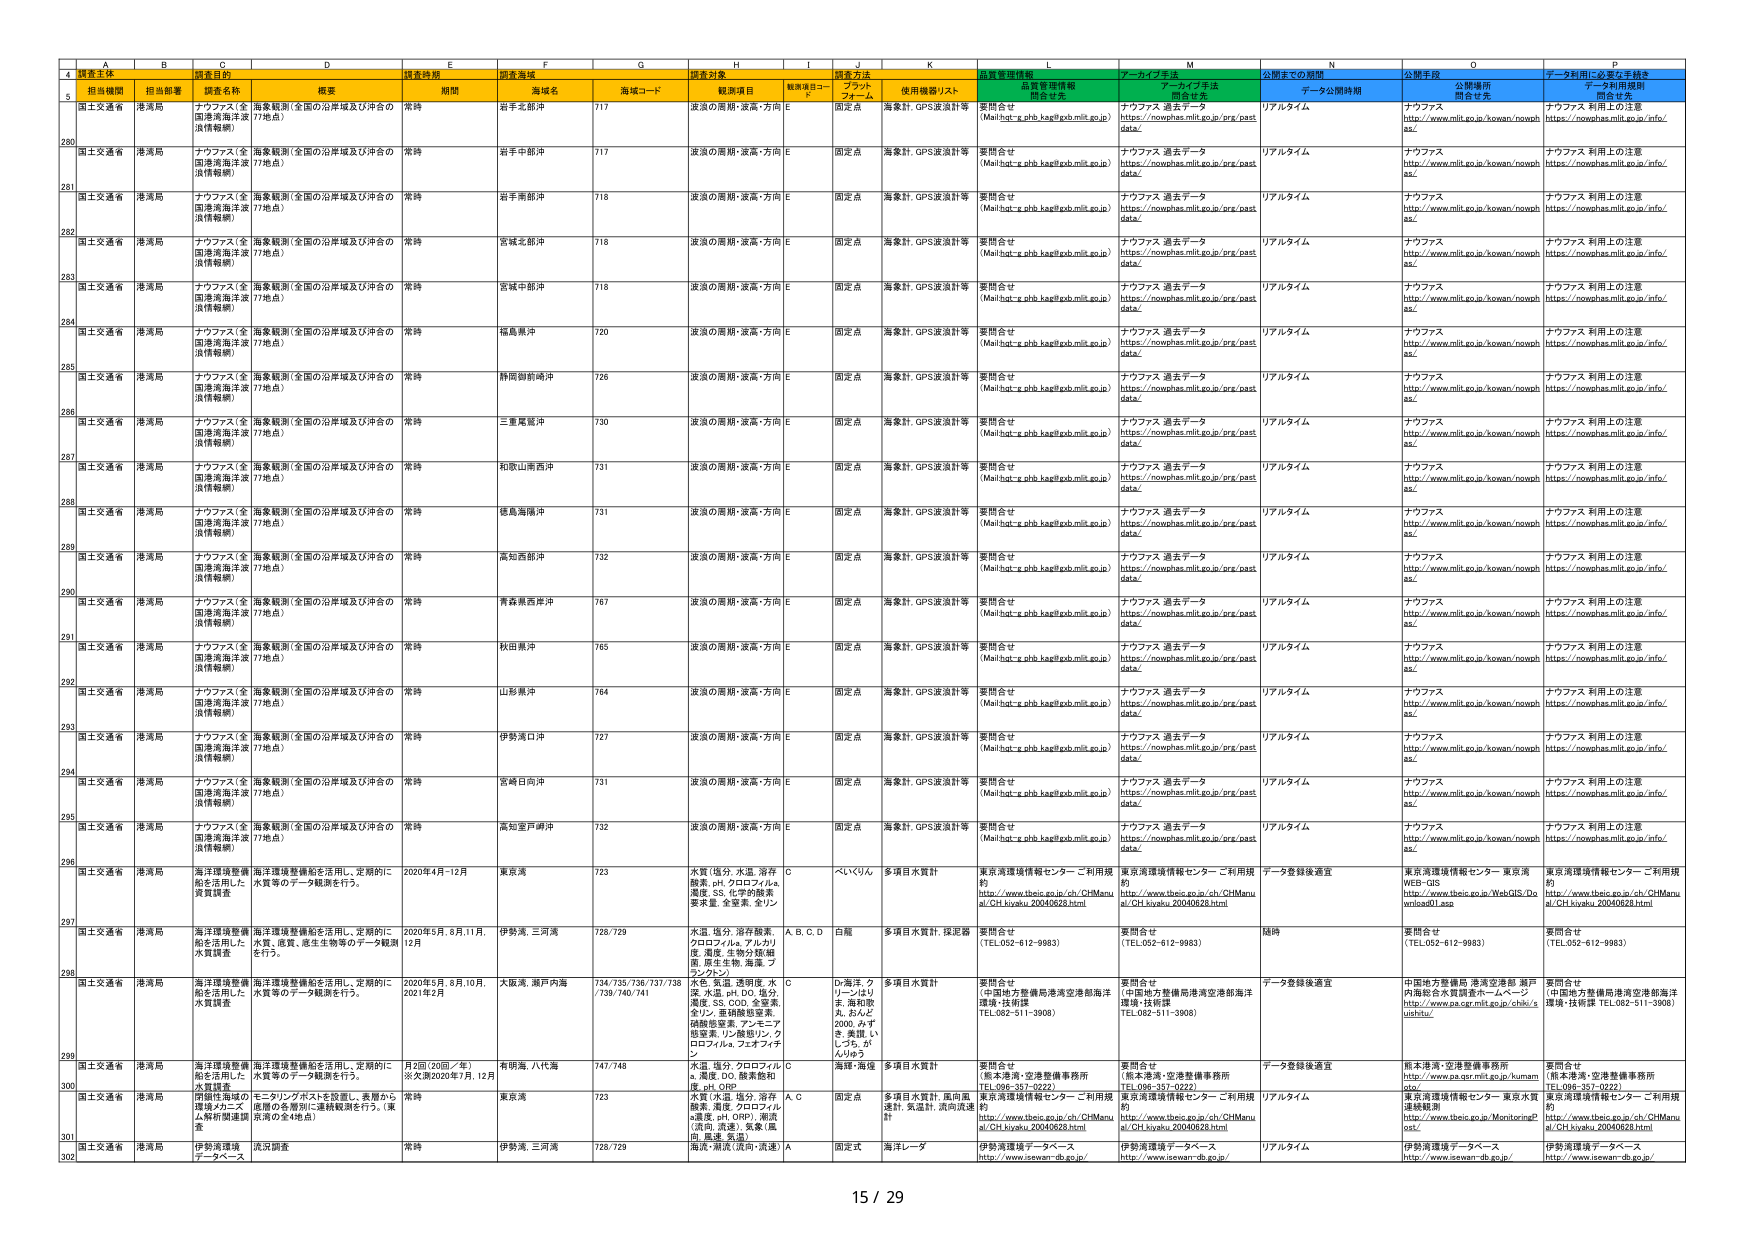
A
B
C
D
E
F
G
H
I
J
K
L
M
N
O
P
4
調査主体
調査目的
調査時期
調査海域
調査対象
調査方法
品質管理情報
データライブ手法
公開までの期間
公開手段
データ利用に必要な手続き
5
担当機関
担当部署
調査名称
概要
期間
海域名
海域コード
観測項目
観測項目コード
プラットフォーム
使用機器/リスト
開発者先
開発者先
データ公開時期
公開場所
開発者先
データ利用規程
開発者先
280
国土交通省
港湾局
ナウファス（全国港湾海洋波浪情報網）
海象観測（全国の沿岸域及び沖合の17地点）
常時
岩手北部沖
717
波浪の周期・波高・方向
E
固定点
海象計、GPS波浪計等
要問合せ
(Mail:hot-e.pbh.kag@kob.mlit.go.jp)
ナウファス 過去データ
https://nowphas.mlit.go.jp/prg/past data/
リアルタイム
ナウファス
http://www.mlit.go.jp/kowan/nowph as/
ナウファス 利用上の注意
https://nowphas.mlit.go.jp/info/
281
国土交通省
港湾局
ナウファス（全国港湾海洋波浪情報網）
海象観測（全国の沿岸域及び沖合の17地点）
常時
岩手中部沖
717
波浪の周期・波高・方向
E
固定点
海象計、GPS波浪計等
要問合せ
(Mail:hot-e.pbh.kag@kob.mlit.go.jp)
ナウファス 過去データ
https://nowphas.mlit.go.jp/prg/past data/
リアルタイム
ナウファス
http://www.mlit.go.jp/kowan/nowph as/
ナウファス 利用上の注意
https://nowphas.mlit.go.jp/info/
282
国土交通省
港湾局
ナウファス（全国港湾海洋波浪情報網）
海象観測（全国の沿岸域及び沖合の17地点）
常時
岩手南部沖
718
波浪の周期・波高・方向
E
固定点
海象計、GPS波浪計等
要問合せ
(Mail:hot-e.pbh.kag@kob.mlit.go.jp)
ナウファス 過去データ
https://nowphas.mlit.go.jp/prg/past data/
リアルタイム
ナウファス
http://www.mlit.go.jp/kowan/nowph as/
ナウファス 利用上の注意
https://nowphas.mlit.go.jp/info/
283
国土交通省
港湾局
ナウファス（全国港湾海洋波浪情報網）
海象観測（全国の沿岸域及び沖合の17地点）
常時
宮城北部沖
718
波浪の周期・波高・方向
E
固定点
海象計、GPS波浪計等
要問合せ
(Mail:hot-e.pbh.kag@kob.mlit.go.jp)
ナウファス 過去データ
https://nowphas.mlit.go.jp/prg/past data/
リアルタイム
ナウファス
http://www.mlit.go.jp/kowan/nowph as/
ナウファス 利用上の注意
https://nowphas.mlit.go.jp/info/
284
国土交通省
港湾局
ナウファス（全国港湾海洋波浪情報網）
海象観測（全国の沿岸域及び沖合の17地点）
常時
宮城中部沖
718
波浪の周期・波高・方向
E
固定点
海象計、GPS波浪計等
要問合せ
(Mail:hot-e.pbh.kag@kob.mlit.go.jp)
ナウファス 過去データ
https://nowphas.mlit.go.jp/prg/past data/
リアルタイム
ナウファス
http://www.mlit.go.jp/kowan/nowph as/
ナウファス 利用上の注意
https://nowphas.mlit.go.jp/info/
285
国土交通省
港湾局
ナウファス（全国港湾海洋波浪情報網）
海象観測（全国の沿岸域及び沖合の17地点）
常時
福島県沖
720
波浪の周期・波高・方向
E
固定点
海象計、GPS波浪計等
要問合せ
(Mail:hot-e.pbh.kag@kob.mlit.go.jp)
ナウファス 過去データ
https://nowphas.mlit.go.jp/prg/past data/
リアルタイム
ナウファス
http://www.mlit.go.jp/kowan/nowph as/
ナウファス 利用上の注意
https://nowphas.mlit.go.jp/info/
286
国土交通省
港湾局
ナウファス（全国港湾海洋波浪情報網）
海象観測（全国の沿岸域及び沖合の17地点）
常時
静岡御前崎沖
726
波浪の周期・波高・方向
E
固定点
海象計、GPS波浪計等
要問合せ
(Mail:hot-e.pbh.kag@kob.mlit.go.jp)
ナウファス 過去データ
https://nowphas.mlit.go.jp/prg/past data/
リアルタイム
ナウファス
http://www.mlit.go.jp/kowan/nowph as/
ナウファス 利用上の注意
https://nowphas.mlit.go.jp/info/
287
国土交通省
港湾局
ナウファス（全国港湾海洋波浪情報網）
海象観測（全国の沿岸域及び沖合の17地点）
常時
三重尾鷲沖
730
波浪の周期・波高・方向
E
固定点
海象計、GPS波浪計等
要問合せ
(Mail:hot-e.pbh.kag@kob.mlit.go.jp)
ナウファス 過去データ
https://nowphas.mlit.go.jp/prg/past data/
リアルタイム
ナウファス
http://www.mlit.go.jp/kowan/nowph as/
ナウファス 利用上の注意
https://nowphas.mlit.go.jp/info/
288
国土交通省
港湾局
ナウファス（全国港湾海洋波浪情報網）
海象観測（全国の沿岸域及び沖合の17地点）
常時
和歌山南西沖
731
波浪の周期・波高・方向
E
固定点
海象計、GPS波浪計等
要問合せ
(Mail:hot-e.pbh.kag@kob.mlit.go.jp)
ナウファス 過去データ
https://nowphas.mlit.go.jp/prg/past data/
リアルタイム
ナウファス
http://www.mlit.go.jp/kowan/nowph as/
ナウファス 利用上の注意
https://nowphas.mlit.go.jp/info/
289
国土交通省
港湾局
ナウファス（全国港湾海洋波浪情報網）
海象観測（全国の沿岸域及び沖合の17地点）
常時
徳島海陽沖
731
波浪の周期・波高・方向
E
固定点
海象計、GPS波浪計等
要問合せ
(Mail:hot-e.pbh.kag@kob.mlit.go.jp)
ナウファス 過去データ
https://nowphas.mlit.go.jp/prg/past data/
リアルタイム
ナウファス
http://www.mlit.go.jp/kowan/nowph as/
ナウファス 利用上の注意
https://nowphas.mlit.go.jp/info/
290
国土交通省
港湾局
ナウファス（全国港湾海洋波浪情報網）
海象観測（全国の沿岸域及び沖合の17地点）
常時
高知西沖
732
波浪の周期・波高・方向
E
固定点
海象計、GPS波浪計等
要問合せ
(Mail:hot-e.pbh.kag@kob.mlit.go.jp)
ナウファス 過去データ
https://nowphas.mlit.go.jp/prg/past data/
リアルタイム
ナウファス
http://www.mlit.go.jp/kowan/nowph as/
ナウファス 利用上の注意
https://nowphas.mlit.go.jp/info/
291
国土交通省
港湾局
ナウファス（全国港湾海洋波浪情報網）
海象観測（全国の沿岸域及び沖合の17地点）
常時
青森県西沖
767
波浪の周期・波高・方向
E
固定点
海象計、GPS波浪計等
要問合せ
(Mail:hot-e.pbh.kag@kob.mlit.go.jp)
ナウファス 過去データ
https://nowphas.mlit.go.jp/prg/past data/
リアルタイム
ナウファス
http://www.mlit.go.jp/kowan/nowph as/
ナウファス 利用上の注意
https://nowphas.mlit.go.jp/info/
292
国土交通省
港湾局
ナウファス（全国港湾海洋波浪情報網）
海象観測（全国の沿岸域及び沖合の17地点）
常時
秋田県沖
765
波浪の周期・波高・方向
E
固定点
海象計、GPS波浪計等
要問合せ
(Mail:hot-e.pbh.kag@kob.mlit.go.jp)
ナウファス 過去データ
https://nowphas.mlit.go.jp/prg/past data/
リアルタイム
ナウファス
http://www.mlit.go.jp/kowan/nowph as/
ナウファス 利用上の注意
https://nowphas.mlit.go.jp/info/
293
国土交通省
港湾局
ナウファス（全国港湾海洋波浪情報網）
海象観測（全国の沿岸域及び沖合の17地点）
常時
山形県沖
764
波浪の周期・波高・方向
E
固定点
海象計、GPS波浪計等
要問合せ
(Mail:hot-e.pbh.kag@kob.mlit.go.jp)
ナウファス 過去データ
https://nowphas.mlit.go.jp/prg/past data/
リアルタイム
ナウファス
http://www.mlit.go.jp/kowan/nowph as/
ナウファス 利用上の注意
https://nowphas.mlit.go.jp/info/
294
国土交通省
港湾局
ナウファス（全国港湾海洋波浪情報網）
海象観測（全国の沿岸域及び沖合の17地点）
常時
伊勢湾口沖
727
波浪の周期・波高・方向
E
固定点
海象計、GPS波浪計等
要問合せ
(Mail:hot-e.pbh.kag@kob.mlit.go.jp)
ナウファス 過去データ
https://nowphas.mlit.go.jp/prg/past data/
リアルタイム
ナウファス
http://www.mlit.go.jp/kowan/nowph as/
ナウファス 利用上の注意
https://nowphas.mlit.go.jp/info/
295
国土交通省
港湾局
ナウファス（全国港湾海洋波浪情報網）
海象観測（全国の沿岸域及び沖合の17地点）
常時
宮崎日向沖
731
波浪の周期・波高・方向
E
固定点
海象計、GPS波浪計等
要問合せ
(Mail:hot-e.pbh.kag@kob.mlit.go.jp)
ナウファス 過去データ
https://nowphas.mlit.go.jp/prg/past data/
リアルタイム
ナウファス
http://www.mlit.go.jp/kowan/nowph as/
ナウファス 利用上の注意
https://nowphas.mlit.go.jp/info/
296
国土交通省
港湾局
ナウファス（全国港湾海洋波浪情報網）
海象観測（全国の沿岸域及び沖合の17地点）
常時
高知室戸岬沖
732
波浪の周期・波高・方向
E
固定点
海象計、GPS波浪計等
要問合せ
(Mail:hot-e.pbh.kag@kob.mlit.go.jp)
ナウファス 過去データ
https://nowphas.mlit.go.jp/prg/past data/
リアルタイム
ナウファス
http://www.mlit.go.jp/kowan/nowph as/
ナウファス 利用上の注意
https://nowphas.mlit.go.jp/info/
297
国土交通省
港湾局
海洋環境整備船を活用した水質調査
海洋環境整備船を活用し、定期的に水質等のデータ観測を行う。
2020年4月-12月
東京湾
723
水質（塩分、水温、溶存酸素、pH、クロロフィルa、濁度、SS、化学的酸素要求量、全窒素、全リン）
C
べいくりん
多項目水質計
東京湾環境情報センター ご利用規約
http://www.tbec.go.jp/ch/CHManu al/CH_kyaku_20040629.html
東京湾環境情報センター ご利用規約
http://www.tbec.go.jp/ch/CHManu al/CH_kyaku_20040629.html
データ登録後適宜
東京湾環境情報センター 東京湾WEB-GIS
http://www.tbec.go.jp/WebGIS/Do wnload01.asp
東京湾環境情報センター ご利用規約
http://www.tbec.go.jp/ch/CHManu al/CH_kyaku_20040629.html
298
国土交通省
港湾局
海洋環境整備船を活用した水質調査
海洋環境整備船を活用し、定期的に水質、底質、底生生物等のデータ観測を行う。
2020年5月、8月、11月、12月
伊勢湾、三河湾
728/729
水温、塩分、溶存酸素、クロロフィルa、アルカリ度、濁度、生物分類細菌、原生生物、海藻、プランクトン
A、B、C、D
白鯨
多項目水質計、採泥器
要問合せ
(TEL:052-612-9983)
要問合せ
(TEL:052-612-9983)
随時
要問合せ
(TEL:052-612-9983)
要問合せ
(TEL:052-612-9983)
299
国土交通省
港湾局
海洋環境整備船を活用した水質調査
海洋環境整備船を活用し、定期的に水質等のデータ観測を行う。
2020年5月、8月、10月、2021年2月
大阪湾、瀬戸内海
734/735/736/737/738/739/740/741
水質（水温、透明度、水深、水温、pH、DO、塩分、濁度、SS、COD、全窒素、全リン、亜硝酸態窒素、硝酸態窒素、アンモニア態窒素、リン酸態リン、クロロフィルa、フェオピチン）
C
D-海洋、クリーンはりま、海和歌丸、おんど2000、みすき、美鷹、いしづち、がんりゅう
多項目水質計
要問合せ
(中国地方整備局港湾空港部海洋環境・技術課
TEL:082-511-3908)
要問合せ
(中国地方整備局港湾空港部海洋環境・技術課
TEL:082-511-3908)
データ登録後適宜
中国地方整備局 港湾空港部 瀬戸内海総合水質調査ホームページ
http://www.pas.gcr.mlit.go.jp/chk/i ujshu/
要問合せ
(中国地方整備局港湾空港部海洋環境・技術課 TEL:082-511-3908)
300
国土交通省
港湾局
海洋環境整備船を活用した水質調査
海洋環境整備船を活用し、定期的に水質等のデータ観測を行う。
月2回（20回／年）※大隈2020年7月、12月
有明海、八代海
747/748
水質、塩分、クロロフィルa、濁度、DO、酸素飽和度、pH、ORP
C
海輝・海彦
多項目水質計
要問合せ
(熊本港湾・空港整備事務所 TEL:096-357-0222)
要問合せ
(熊本港湾・空港整備事務所 TEL:096-357-0222)
データ登録後適宜
熊本港湾・空港整備事務所
http://www.pas.gcr.mlit.go.jp/human ogo/
要問合せ
(熊本港湾・空港整備事務所 TEL:096-357-0222)
301
国土交通省
港湾局
防波堤等の環境メカニズム解析関連調査
モーリングポストを設置し、表層から底層の各層別に連続観測を行う。（東京湾の全4地点）
常時
東京湾
723
水質（水温、塩分、溶存酸素、濁度、クロロフィルa濁度、pH、ORP）、潮流（流向・流速）、気象（風向、風速、気温）
A、C
固定点
多項目水質計、風向風速計、気温計、流向流速計
東京湾環境情報センター ご利用規約
http://www.tbec.go.jp/ch/CHManu al/CH_kyaku_20040629.html
東京湾環境情報センター ご利用規約
http://www.tbec.go.jp/ch/CHManu al/CH_kyaku_20040629.html
リアルタイム
東京湾環境情報センター 東京湾水質連報観測
http://www.tbec.go.jp/ch/MonitoringP ost/
東京湾環境情報センター ご利用規約
http://www.tbec.go.jp/ch/CHManu al/CH_kyaku_20040629.html
302
国土交通省
港湾局
伊勢湾環境データベース
流況調査
常時
伊勢湾、三河湾
728/729
海流（潮流（流向・流速））
A
固定式
海洋レーダー
伊勢湾環境データベース
http://www.isewan-db.go.jp/
伊勢湾環境データベース
http://www.isewan-db.go.jp/
リアルタイム
伊勢湾環境データベース
http://www.isewan-db.go.jp/
伊勢湾環境データベース
http://www.isewan-db.go.jp/
15 / 29